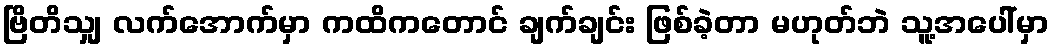
ဗြိတိသျှ လက်အောက်မှာ ကထိကတောင် ချက်ချင်း ဖြစ်ခဲ့တာ မဟုတ်ဘဲ သူ့အပေါ်မှာ